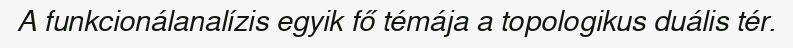
A funkcionálanalízis egyik fő témája a topologikus duális tér.